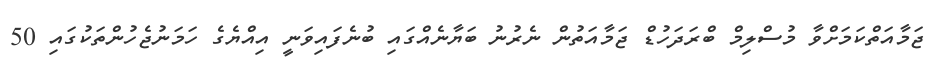
ޖަމާއަތްކަމަށްވާ މުސްލިމް ބްރަދަހުޑް ޖަމާއަތުން ނެރުނު ބަޔާނެއްގައި ބުނެފައިވަނީ އިއްޔެގެ ހަމަނުޖެހުންތަކުގައި 50